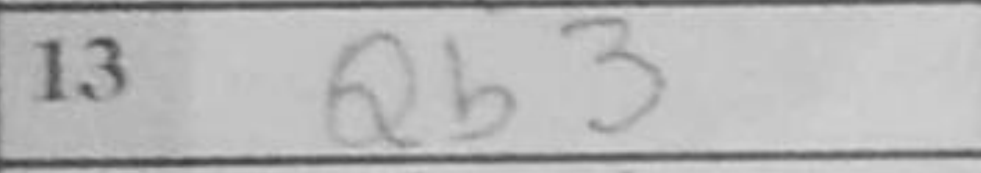
Transcription: Qb3